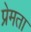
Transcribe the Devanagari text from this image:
प्रेमता